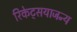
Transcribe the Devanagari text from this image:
रिकेट्सयाजन्य